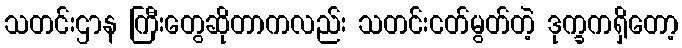
သတင်းဌာန ကြီးတွေဆိုတာကလည်း သတင်းငတ်မွတ်တဲ့ ဒုက္ခကရှိတော့